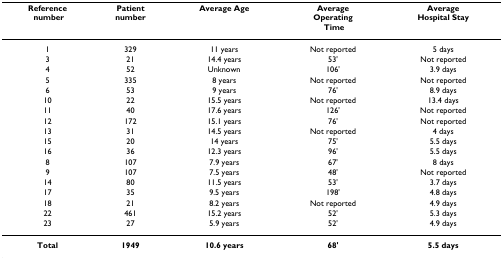
<table><thead><tr><td><b>Reference number</b></td><td><b>Patientnumber</b></td><td><b>Average Age</b></td><td><b>AverageOperating Time</b></td><td><b>AverageHospital Stay</b></td></tr></thead><tbody><tr><td>1</td><td>329</td><td>11 years</td><td>Not reported</td><td>5 days</td></tr><tr><td>3</td><td>21</td><td>14.4 years</td><td>53&#x27;</td><td>Not reported</td></tr><tr><td>4</td><td>52</td><td>Unknown</td><td>106&#x27;</td><td>3.9 days</td></tr><tr><td>5</td><td>335</td><td>8 years</td><td>Not reported</td><td>Not reported</td></tr><tr><td>6</td><td>53</td><td>9 years</td><td>76&#x27;</td><td>8.9 days</td></tr><tr><td>10</td><td>22</td><td>15.5 years</td><td>Not reported</td><td>13.4 days</td></tr><tr><td>11</td><td>40</td><td>17.6 years</td><td>126&#x27;</td><td>Not reported</td></tr><tr><td>12</td><td>172</td><td>15.1 years</td><td>76&#x27;</td><td>Not reported</td></tr><tr><td>13</td><td>31</td><td>14.5 years</td><td>Not reported</td><td>4 days</td></tr><tr><td>15</td><td>20</td><td>14 years</td><td>75&#x27;</td><td>5.5 days</td></tr><tr><td>16</td><td>36</td><td>12.3 years</td><td>96&#x27;</td><td>5.5 days</td></tr><tr><td>8</td><td>107</td><td>7.9 years</td><td>67&#x27;</td><td>8 days</td></tr><tr><td>9</td><td>107</td><td>7.5 years</td><td>48&#x27;</td><td>Not reported</td></tr><tr><td>14</td><td>80</td><td>11.5 years</td><td>53&#x27;</td><td>3.7 days</td></tr><tr><td>17</td><td>35</td><td>9.5 years</td><td>198&#x27;</td><td>4.8 days</td></tr><tr><td>18</td><td>21</td><td>8.2 years</td><td>Not reported</td><td>4.9 days</td></tr><tr><td>22</td><td>461</td><td>15.2 years</td><td>52&#x27;</td><td>5.3 days</td></tr><tr><td>23</td><td>27</td><td>5.9 years</td><td>52&#x27;</td><td>4.9 days</td></tr><tr><td><b>Total</b></td><td><b>1949</b></td><td><b>10.6 years</b></td><td><b>68&#x27;</b></td><td><b>5.5 days</b></td></tr></tbody></table>